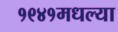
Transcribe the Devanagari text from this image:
१९४१मधल्या